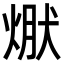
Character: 𭵃